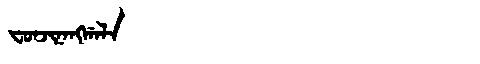
Manchu: ᠸᠣᠨᠵᡳᠨᠠᠩᡤᠠᠯᠠ
Romanization: FONJINANGGALA